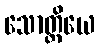
သောတ္ထိယေ